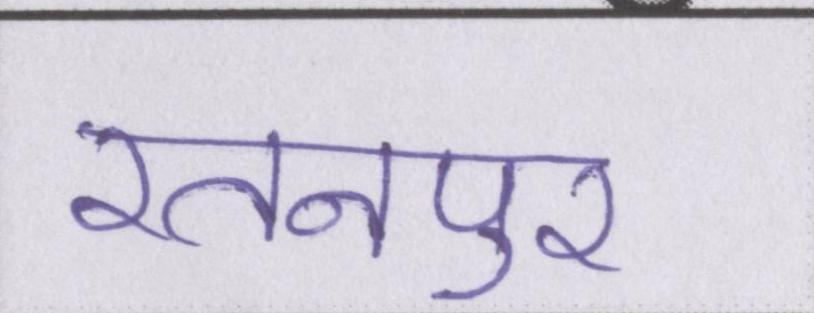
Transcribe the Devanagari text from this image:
रतनपुर